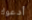
أدعوك